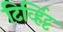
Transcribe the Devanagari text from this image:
टिर्व्हिट्ट